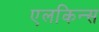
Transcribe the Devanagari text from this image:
एलकिन्स